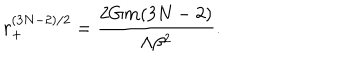
r _ { + } ^ { ( 3 N - 2 ) / 2 } = \frac { 2 G m ( 3 N - 2 ) } { \Lambda \beta ^ { 2 } } .